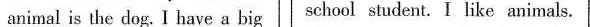
animal is the dog. I have a big school student. I like animals.